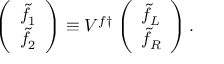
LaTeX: \left( \begin{array} { c } { { \tilde { f } _ { 1 } } } \\ { { \tilde { f } _ { 2 } } } \end{array} \right) \equiv V ^ { f \dagger } \left( \begin{array} { c } { { \tilde { f } _ { L } } } \\ { { \tilde { f } _ { R } } } \end{array} \right) .